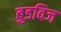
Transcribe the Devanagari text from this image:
बुडविज